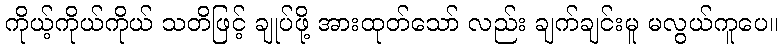
ကိုယ့်ကိုယ်ကိုယ် သတိဖြင့် ချုပ်ဖို့ အားထုတ်သော် လည်း ချက်ချင်းမူ မလွယ်ကူပေ။